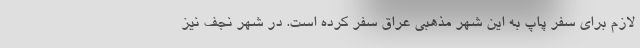
لازم برای سفر پاپ به این شهر مذهبی عراق سفر کرده است. در شهر نجف نیز